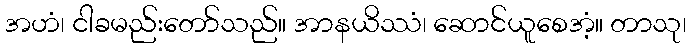
အဟံ၊ ငါခမည်းတော်သည်။ အာနယိဿံ၊ ဆောင်ယူစေအံ့။ တာသု၊